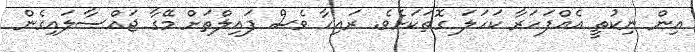
އިން ނިކުތީ އެއްފަހަރާ ކަހަލަ ގޮތަކަށެވެ. ރައިހާ ވެސް ފައިލްތަށް މޭގާ ޖައްސާލައިގެން